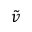
\tilde { v }